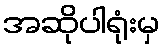
အဆိုပါရုံးမှ